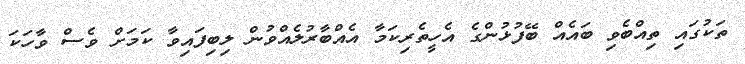
ތަކުގައި ތިއްބެވި ބައެއް ބޭފުޅުންގެ އެހީތެރިކަމާ އެއްބާރުލެއްވުން ލިބިފައިވާ ކަމަށް ވެސް ވާހަކަ